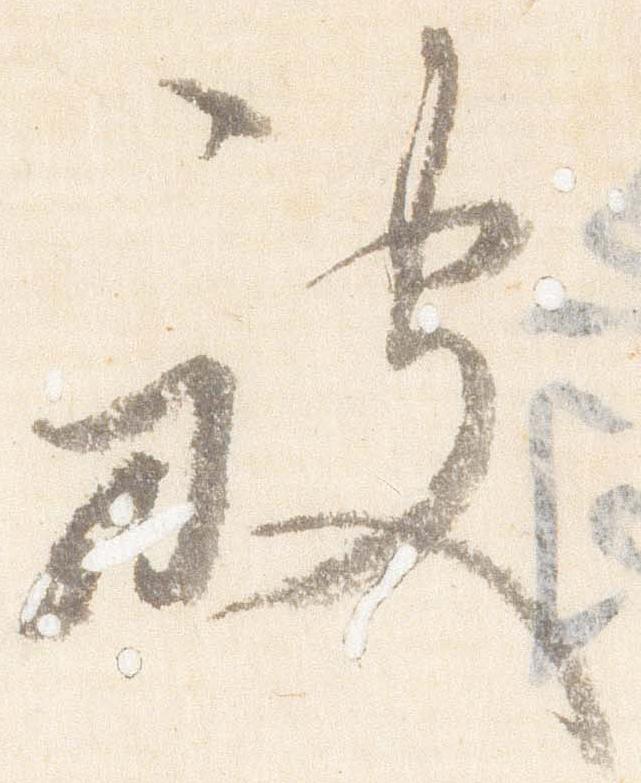
被